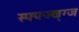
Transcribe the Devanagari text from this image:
स्फ्फ्ज्ख्ग्ज